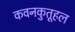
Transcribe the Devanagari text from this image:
कवनकुतूहल